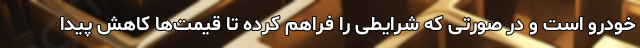
خودرو است و در صورتی که شرایطی را فراهم کرده تا قیمت‌ها کاهش پیدا